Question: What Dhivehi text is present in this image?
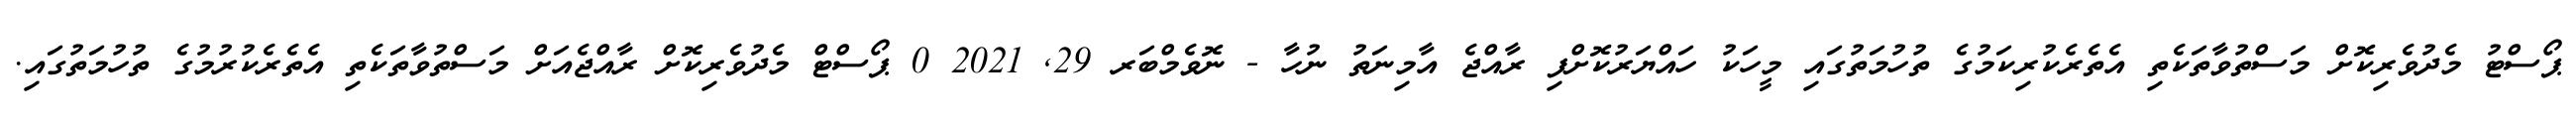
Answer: ޕޯސްޓު މެދުވެރިކޮށް މަސްތުވާތަކެތި އެތެރެކުރިކަމުގެ ތުހުމަތުގައި މީހަކު ހައްޔަރުކޮށްފި ރާއްޖެ އާމިނަތު ނުހާ - ނޮވެމްބަރ 29, 2021 0 ޕޯސްޓް މެދުވެރިކޮށް ރާއްޖެއަށް މަސްތުވާތަކެތި އެތެރެކުރުމުގެ ތުހުމަތުގައި.